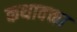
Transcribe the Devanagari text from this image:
कथावक्ता